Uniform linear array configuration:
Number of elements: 64
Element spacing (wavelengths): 0.5
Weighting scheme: uniform
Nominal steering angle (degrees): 60
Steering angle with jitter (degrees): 59.35
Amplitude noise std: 0.05
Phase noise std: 0.05

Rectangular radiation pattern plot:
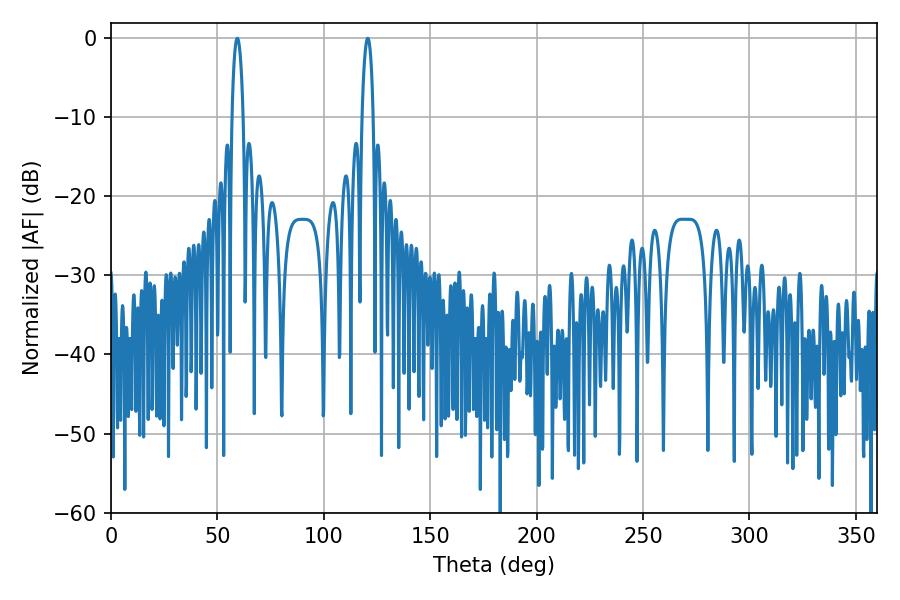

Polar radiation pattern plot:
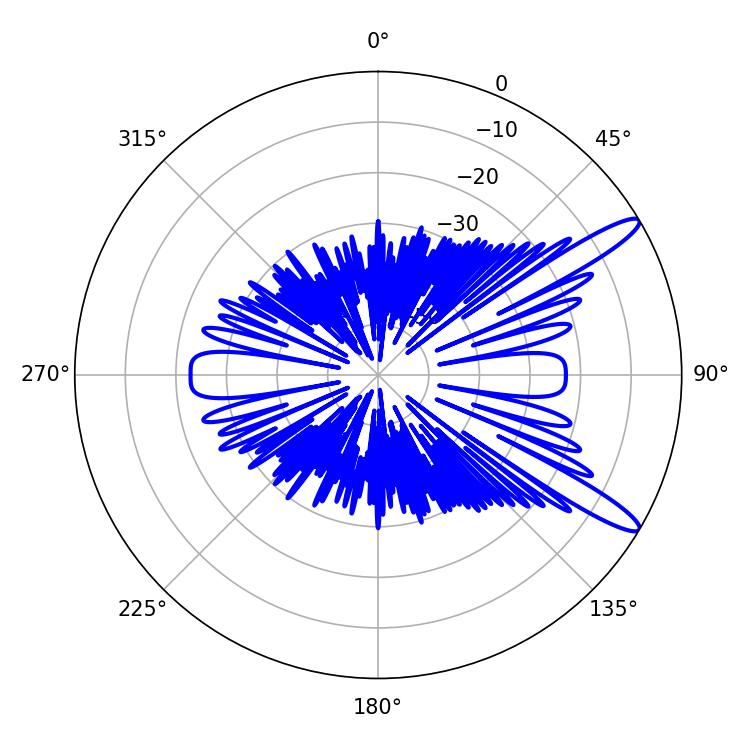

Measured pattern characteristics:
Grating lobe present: FALSE
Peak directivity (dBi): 12.86
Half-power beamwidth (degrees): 2.88
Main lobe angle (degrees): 59.4